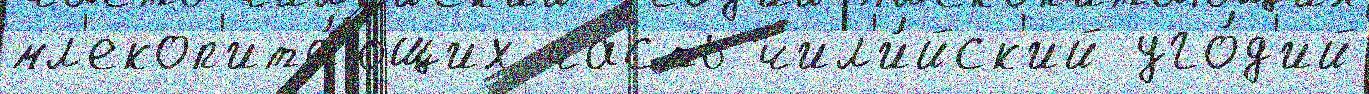
мл'екоп'ита́ющих часть чил'и́йск'ий уго́д'ий